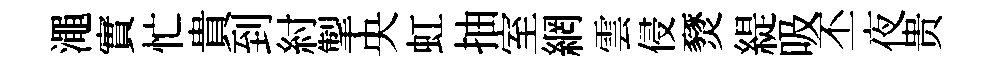
澠實忙貴到紂掣央虹抽室網雲侵燹緹吸丕夜贵